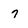
Character: 7